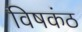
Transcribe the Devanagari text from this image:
विषकंठ